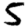
Digit: 5